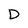
Character: D